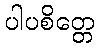
ပါပစိတ္တေ